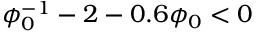
\phi _ { 0 } ^ { - 1 } - 2 - 0 . 6 \phi _ { 0 } < 0